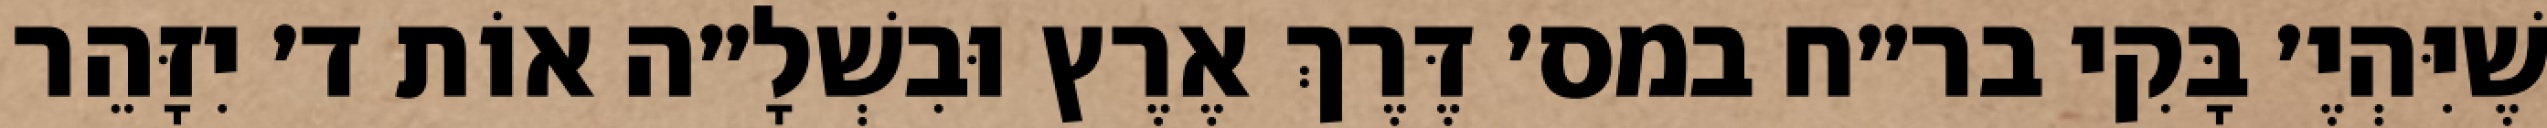
שֶׁיִּהְיֶ׳ בָּקִי בר״ח במס׳ דֶּרֶךְ אֶרֶץ וּבִשְׁלָ״ה אוֹת ד׳ יִזָּהֵר